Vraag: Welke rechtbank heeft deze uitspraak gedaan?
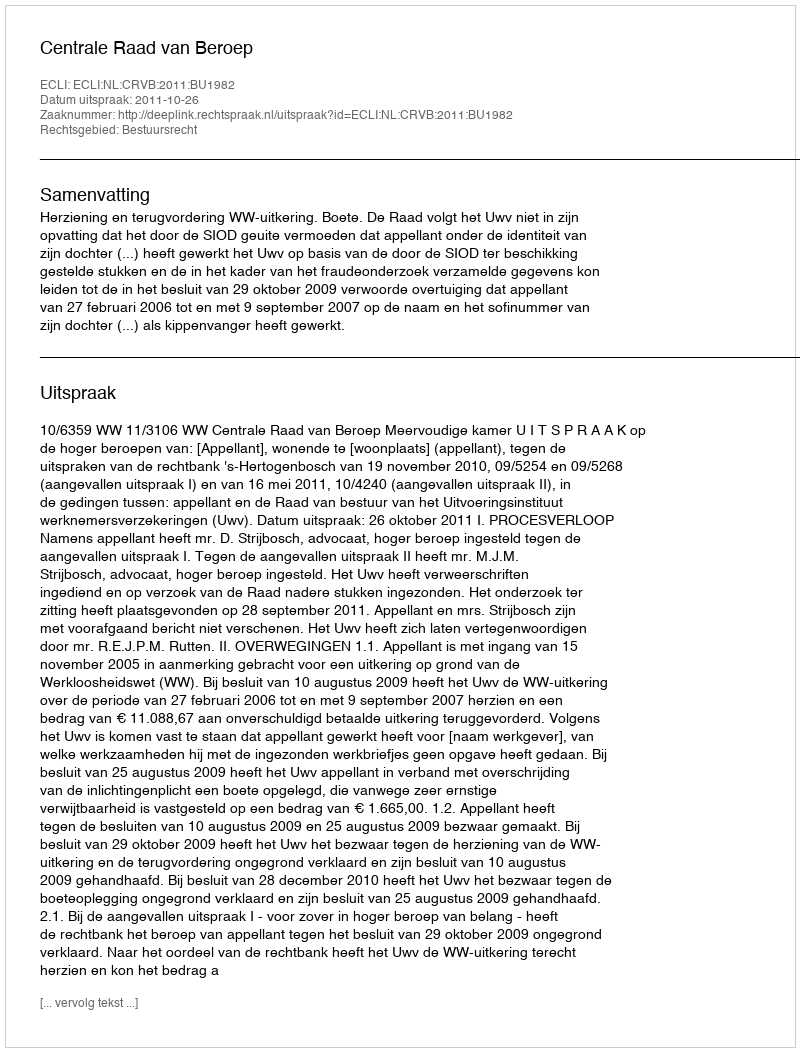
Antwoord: Centrale Raad van Beroep